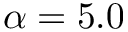
\alpha = 5 . 0